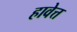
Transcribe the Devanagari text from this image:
हावेत्त